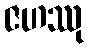
ဇဟဿု